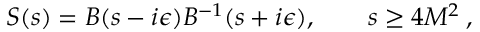
S ( s ) = B ( s - i \epsilon ) B ^ { - 1 } ( s + i \epsilon ) , \qquad s \geq 4 M ^ { 2 } \: ,